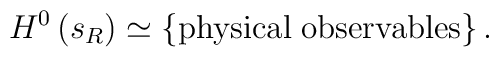
H^{0}\left( s_{R}\right) \simeq \left\{ {\rm physical\;observables}\right\} .